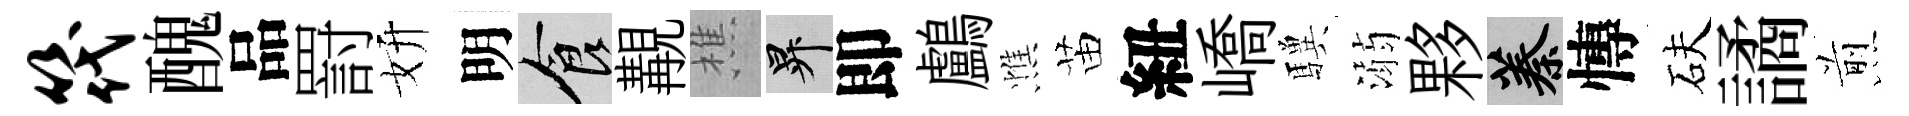
筏醜品罸妍明食覯樵升即鸕憔苗紐嶠驥溺夥蓁慱砆譎煎